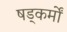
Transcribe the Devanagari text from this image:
षड्कर्मों